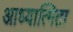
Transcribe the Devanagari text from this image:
आध्यात्मिता